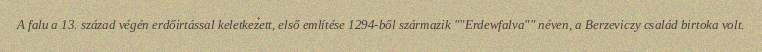
A falu a 13. század végén erdőirtással keletkezett, első említése 1294-ből származik ""Erdewfalva"" néven, a Berzeviczy család birtoka volt.